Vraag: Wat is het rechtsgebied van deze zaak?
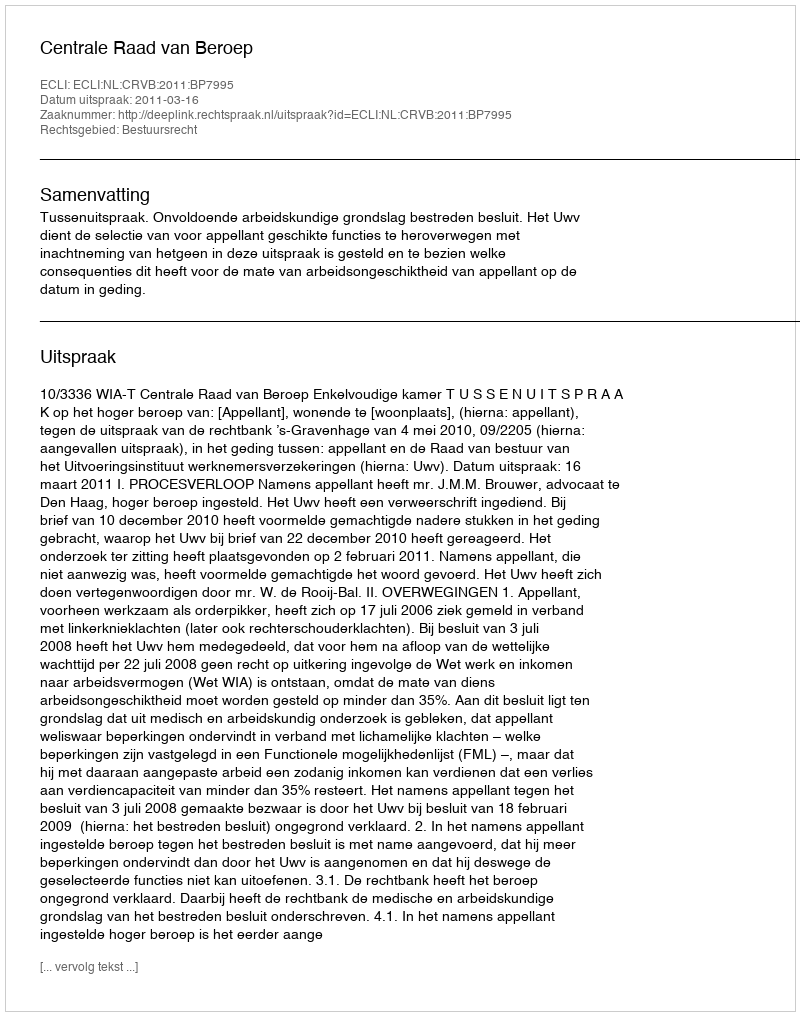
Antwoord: Bestuursrecht